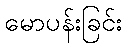
မောပန်းခြင်း